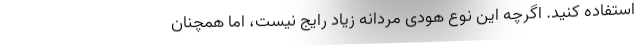
استفاده کنید. اگرچه این نوع هودی مردانه زیاد رایج نیست، اما همچنان